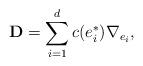
LaTeX: \begin{align*}\mathbf{D}=\sum_{i=1}^d c(e^*_i) \nabla_{e_i},\end{align*}